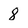
Character: 8